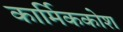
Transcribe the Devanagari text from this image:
कार्मिककोश